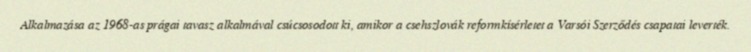
Alkalmazása az 1968-as prágai tavasz alkalmával csúcsosodott ki, amikor a csehszlovák reformkísérletet a Varsói Szerződés csapatai leverték.